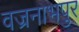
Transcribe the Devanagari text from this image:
वज्रनाभपुर